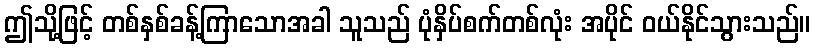
ဤသို့ဖြင့် တစ်နှစ်ခန့်ကြာသောအခါ သူသည် ပုံနှိပ်စက်တစ်လုံး အပိုင် ဝယ်နိုင်သွားသည်။